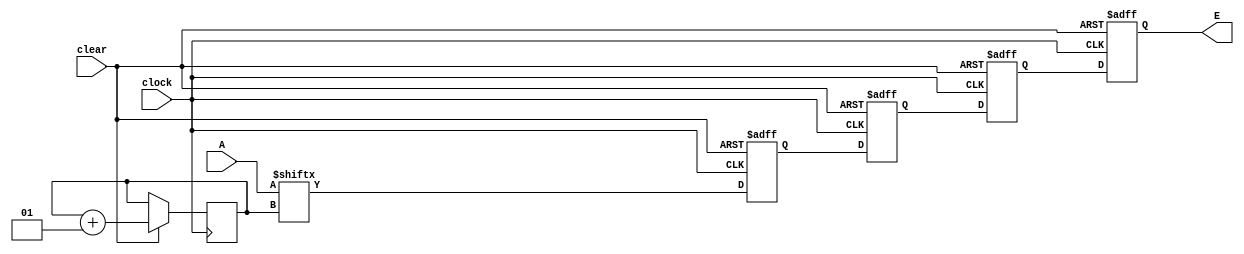
`timescale 1ns / 1ps
module shiftreg_4bit (clock, clear, A, E); 
input clock, clear;
input [3:0] A;
output reg E; 
reg B, C, D; 
integer i;
initial
 begin
 i = 0;
 end

always @(posedge clock or negedge clear) 
 begin 
  if (!clear) begin B<=0; C<=0; D<=0; E<=0; end 
   else begin 
     E <= D; 
     i <= i + 1; 
     C <= B; 
     B <= A[i]; 
    D <= C;

  end 
 end 
endmodule